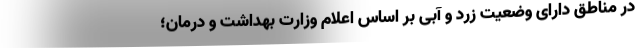
در مناطق دارای وضعیت زرد و آبی بر اساس اعلام وزارت بهداشت و درمان؛